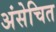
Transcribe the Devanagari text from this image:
अंसेचित